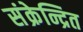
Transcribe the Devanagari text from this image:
संक्रेन्द्रित